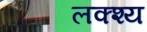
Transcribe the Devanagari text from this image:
लक्श्य